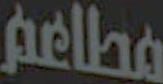
مطاعم